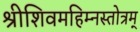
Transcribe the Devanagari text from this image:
श्रीशिवमहिम्नस्तोत्रम्